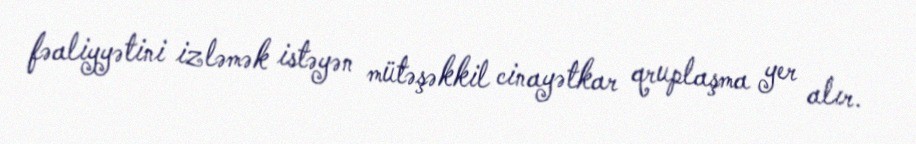
fəaliyyətini izləmək istəyən mütəşəkkil cinayətkar qruplaşma yer alır.